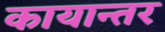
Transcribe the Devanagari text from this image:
कायान्तर